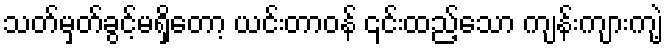
သတ်မှတ်ခွင့်မရှိတော့ ယင်းတာဝန် ၎င်းထည့်သော ကျန်းကျားကျဲ့